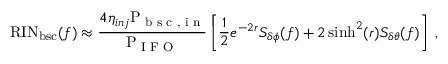
\mathrm { R I N } _ { \mathrm { b s c } } ( f ) \approx \frac { 4 \eta _ { i n j } \mathrm { P _ { \textup { b s c , i n } } } } { \mathrm { P _ { \textup { I F O } } } } \left[ \frac { 1 } { 2 } e ^ { - 2 r } S _ { \delta \phi } ( f ) + 2 \sinh ^ { 2 } ( r ) S _ { \delta \theta } ( f ) \right] \; ,